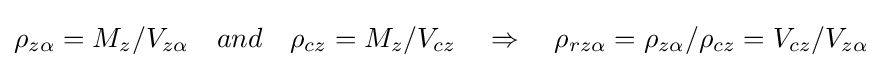
\rho _{z\alpha }=M_{z}/V_{z\alpha }\quad and\quad \rho _{cz}=M_{z}/V_{cz}\quad \Rightarrow \quad \rho _{rz\alpha }=\rho _{z\alpha }/\rho _{cz}=V_{cz}/V_{z\alpha }